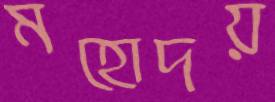
মহোদয়